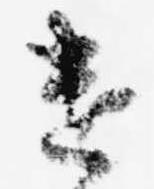
遣